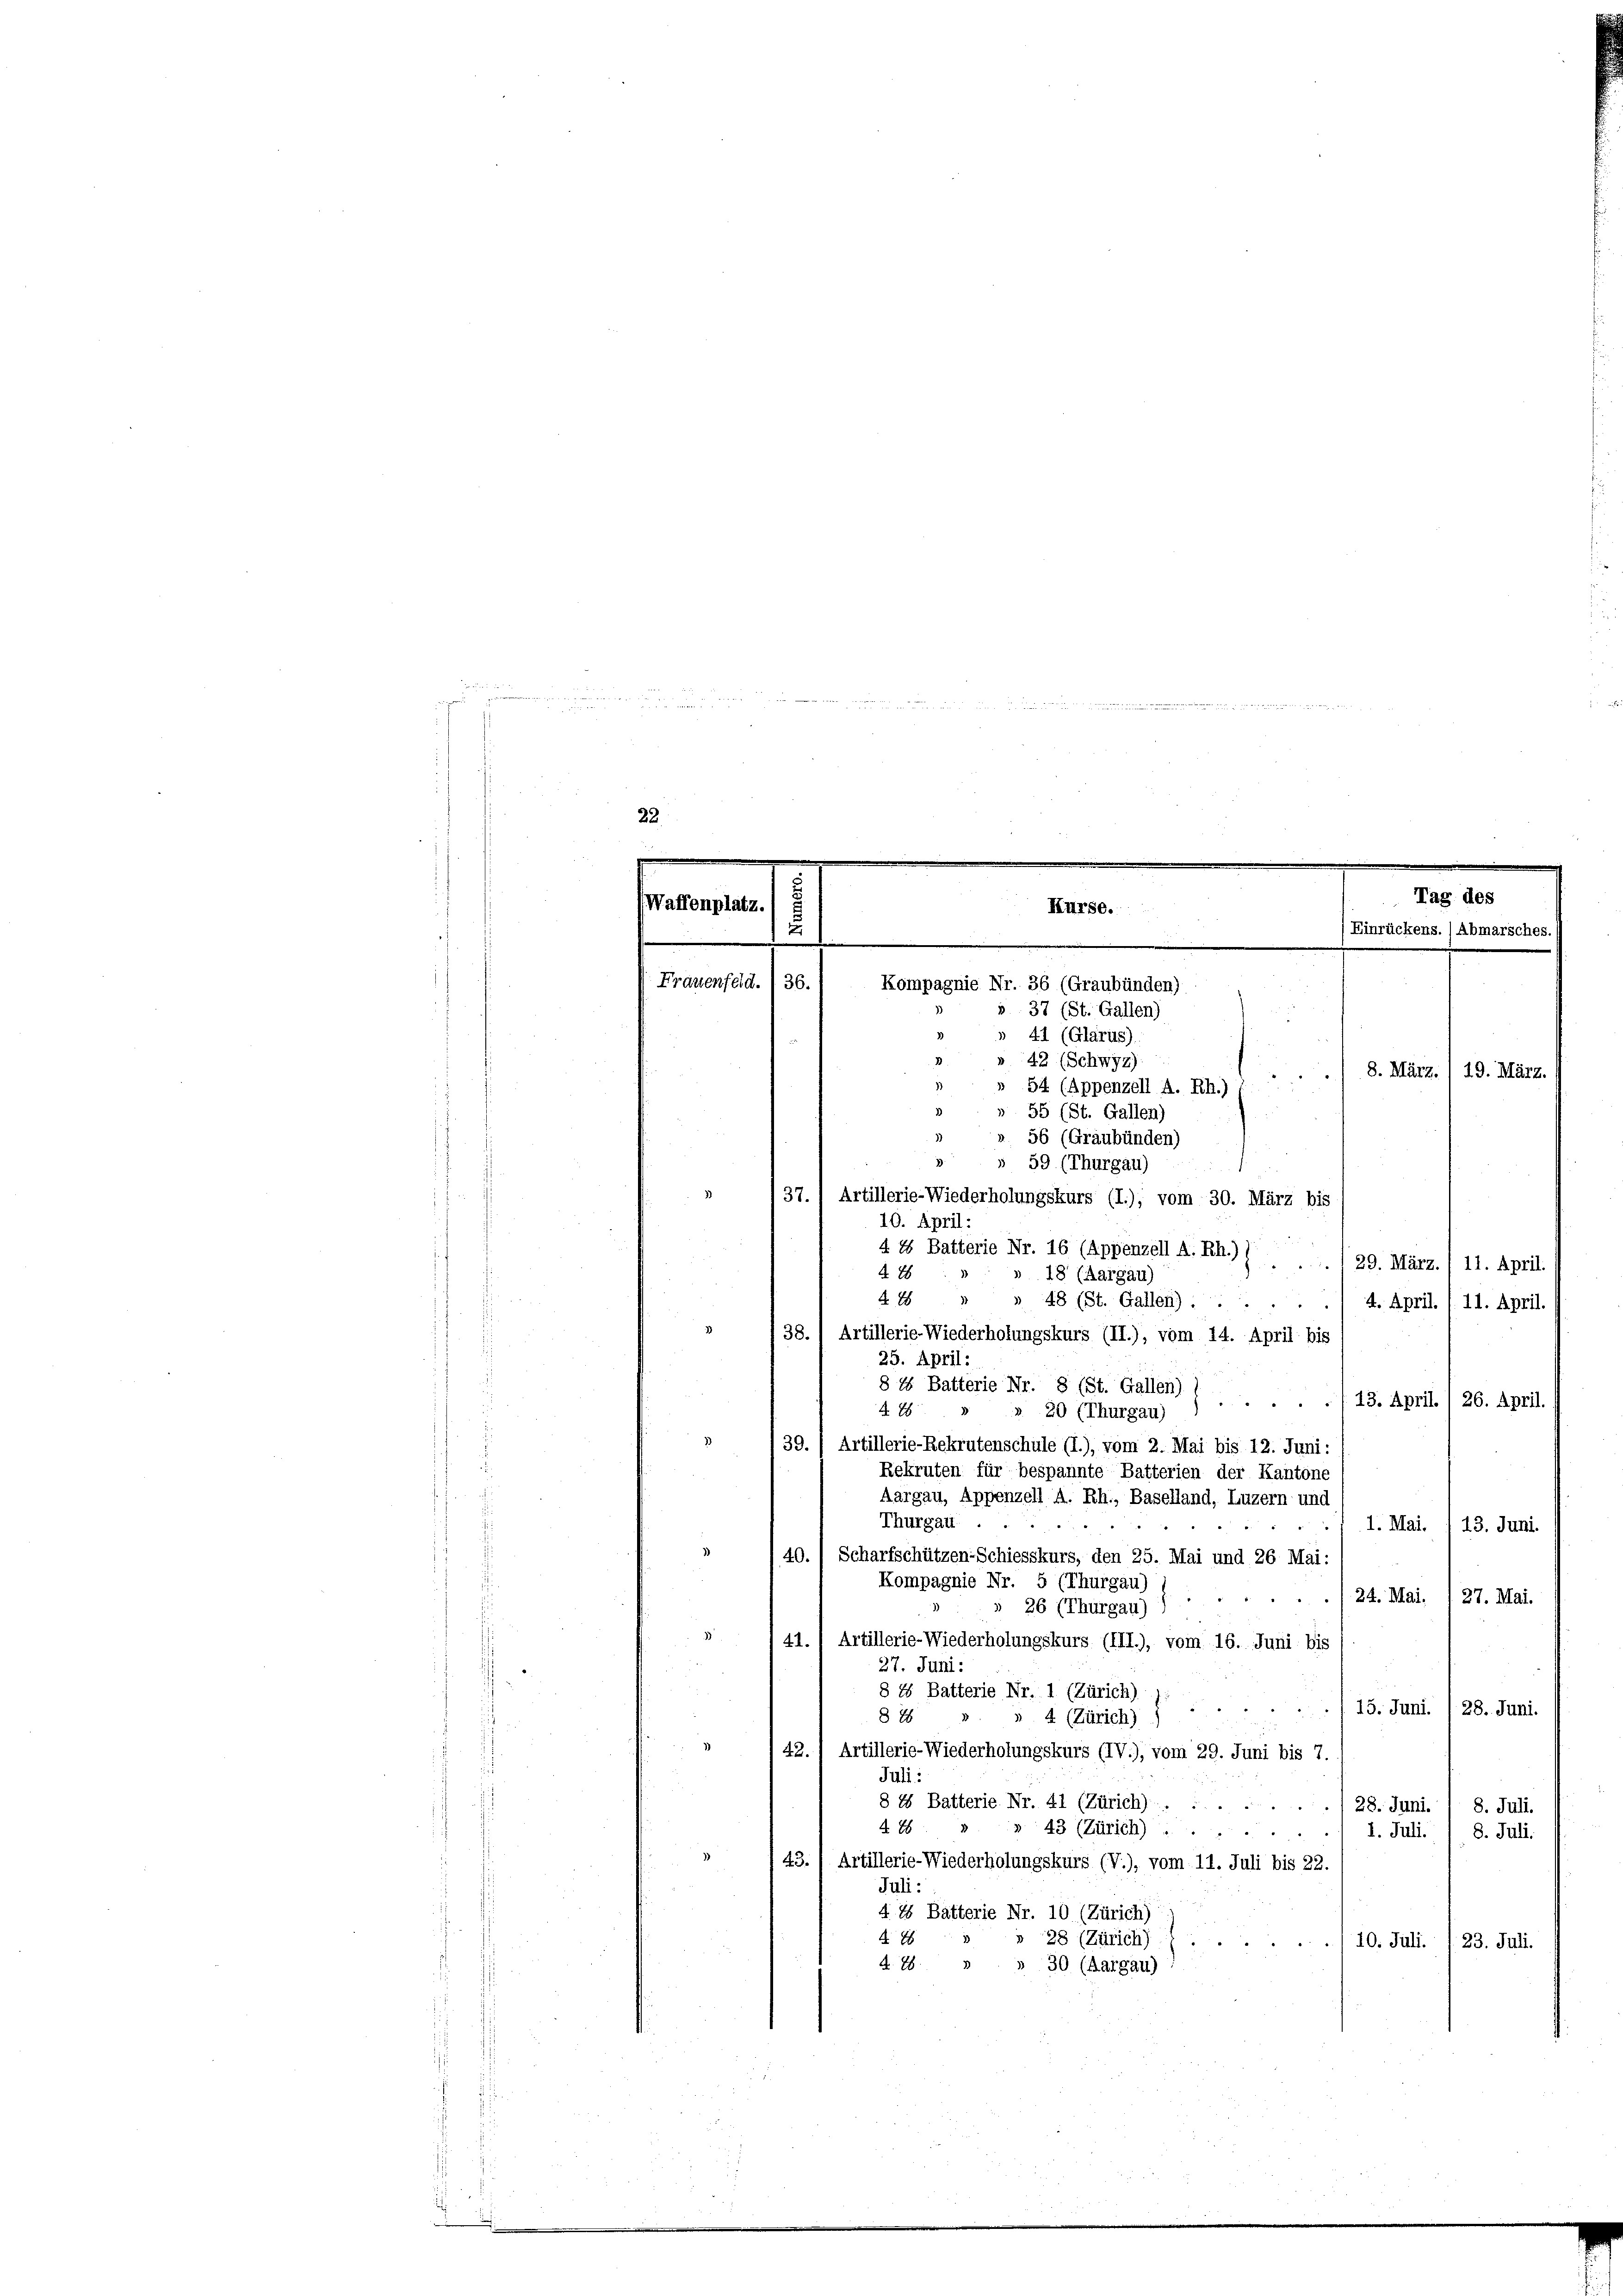
.
Waffenplatz
2
e
Frauenfeld.  36.

Kompagnie Nr. 36 (Graubünden)
». 37 (St. Gallen)

428 " " 48 (St. Gallen)./ 4. April. , 11. April.
38.) Artillerie-Wiederholungskurs (II.), vom 14. April bis
25. April:
13. April. 1 26. April.
4 E
39.) Artillerie-Rekrutenschule (i.), vom 2. Mai bis 12. Juni:
Rekruten für bespannte Batterien der Kantone
Aargau, Appenzell A. Rh., Baselland, Luzern und
Thurgau
1. Mai. 113. Juni.
40.) Scharfschützen-Schiesskurs, den 25. Mai und 26. Mai:
Kompagnie Nr. 5 (Thurgau)
24. Mai. 127. Mai.
26 (Thurgau)
41.) Artillerie-Wiederholungskurs. (III.), vom 16. Juni bis
27. Juni:
§ 88 Batterie Nr. 1 (Zürich)
s 4 (Zürich) ... 15. Juni /28. Juni.
8 x
42.) Artillerie-Wiederholungskurs (IV.), vom 29. Juni bis 7.
Juli:
§ 18 Batterie Nr. 41 (Zürich).
28. Juni.
8. Juli.
 88
» 43 (Zürich)
1. Juli. / 8. Juli.
43.) Artillerie-Wiederholungskurs (V.), vom 11. Juli bis 22.
Juli
§ 18 Bätterie Nr. 10 (Zürich)
§ 76
» 28 (Zürich)
10. Juli. I 23. Juli.
278. 3
30 (Aargau)

Kurs,

41 (Glarus).
42 (Schwyz)
54 (Appenzell A. Rh.)
55 (St. Gallen)
56 (Graubünden)
» 59 (Thurgau)
37.) Artillerie-Wiederholungskurs (i.), vom 30. März bis
10. April:
4 4 Batterie Nr. 16 (Appenzell A. Rh.))
4 18
» 18 (Aargau)

§ 16 Batterie Nr. 8 (St. Gallen)
» 20 (Thurgau) ) ...

g

Tag des
Einrückens.) Abmarsches.

8. März.) 19. März.

29. März./11. April